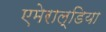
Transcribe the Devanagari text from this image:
एमेराल्डिया